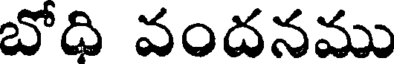
బోది వందనము